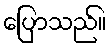
ပြောသည်။